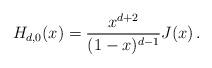
LaTeX: \begin{align*}H_{d,0}(x)=\frac{x^{d+2}}{(1-x)^{d-1}}J(x)\,.\end{align*}